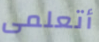
أتعلمى